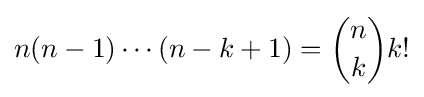
n(n-1)\cdots (n-k+1)={\binom {n}{k}}k!